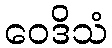
ဝေဒိသံ